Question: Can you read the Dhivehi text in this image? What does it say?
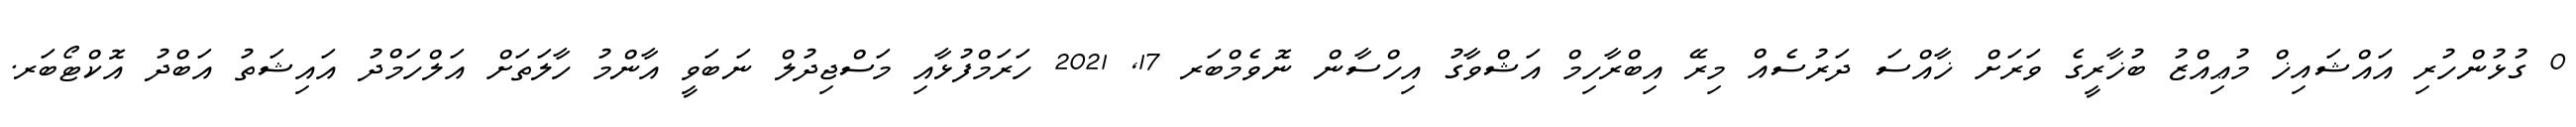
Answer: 0 ގުޅުންހުރި އައްޝައިޚް މުޢިއްޒު ބުޚާރީގެ ވަރަށް ޚާއްސަ ދަރުސެއް މިރޭ އިބްރާހިމް އަޝްވާގު އިހްސާން ނޮވެމްބަރ 17, 2021 ހަރަމްފުޅާއި މަސްޖިދުލް ނަބަވީ އާންމު ހާލަތަށް އަލްހަމްދު އައިޝަތު އަބްދު އޮކްޓޯބަރ.